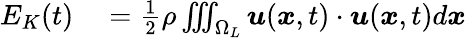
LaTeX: \begin{array}{rl}{E_{K}(t)}&{{}=\frac{1}{2}\rho\iiint_{\Omega_{L}}\boldsymbol u(\boldsymbol x,t)\cdot\boldsymbol u(\boldsymbol x,t)d\boldsymbol x}\end{array}